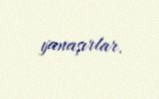
yanaşırlar.